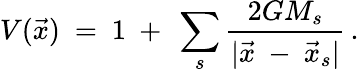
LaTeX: V(\vec{x})\ =\ 1\ +\ \sum_{s}\frac{2GM_{s}}{|\vec{x}\ -\ \vec{x}_{s}|}\, .